Tezpur Lunatic Asylum reports 1877-1894 - 1877-1894
Year: 1877
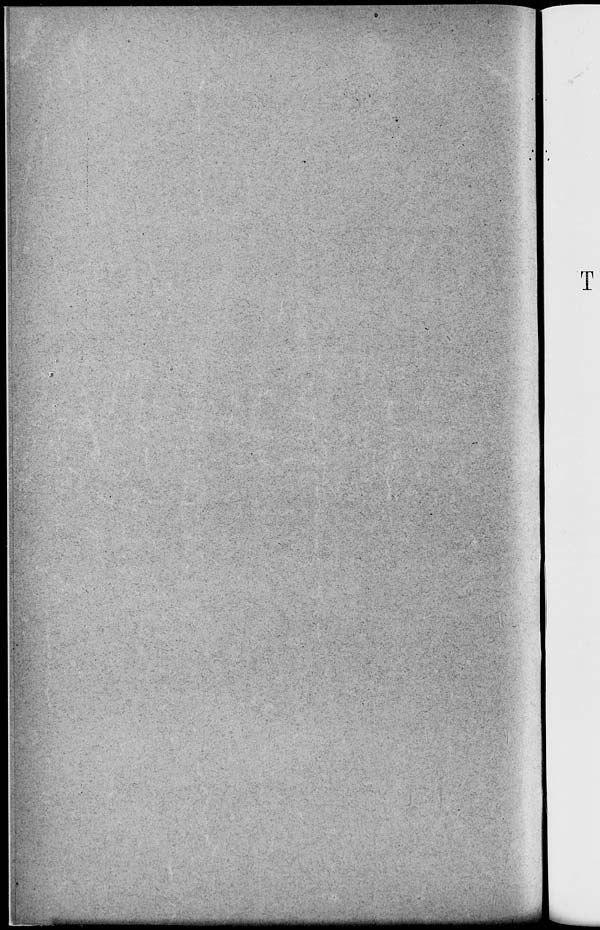
dB
mmmmtmmmmmmM
mmtmt
mmm
T